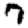
Digit: 7